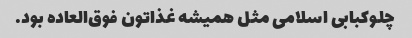
چلوکبابی اسلامی مثل همیشه غذاتون فوق‌العاده بود.